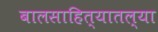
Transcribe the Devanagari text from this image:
बालसाहित्यातल्या